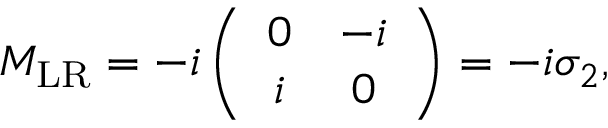
\begin{array} { r } { M _ { \mathrm { L R } } = - i \left( \begin{array} { c c } { 0 } & { - i } \\ { i } & { 0 } \end{array} \right) = - i \sigma _ { 2 } , } \end{array}